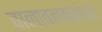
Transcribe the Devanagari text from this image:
वालावलकरांच्या